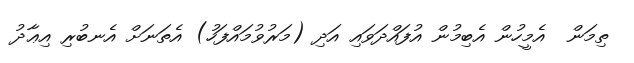
ތިމަން  އެމީހުން އެބިމުން އުފައްދަވައި އަދި (މަރުވުމައްފަހު) އެތަނަށް އެނބުރި އިޢާދު